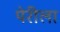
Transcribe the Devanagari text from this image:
पेरीला